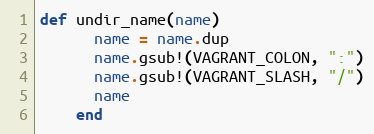
Language: Ruby
def undir_name(name)
      name = name.dup
      name.gsub!(VAGRANT_COLON, ":")
      name.gsub!(VAGRANT_SLASH, "/")
      name
    end